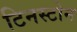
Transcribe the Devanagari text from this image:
टिनस्टोन